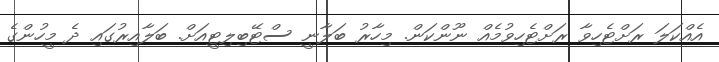
އެއްކަލަ ރަށްޓެހިވާ ރަށްޓެހިވުމެއް ނޫންކަން. މިހާރު ބަލާނީ ސްޓޭބިލިޓީއަށް. ބަލާއިރުގައި ދެ މީހުންގެ